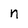
Character: n